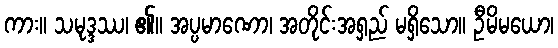
ကား။ သမုဒ္ဒဿ၊ ၏။ အပ္ပမာဏော၊ အတိုင်းအရှည် မရှိသော။ ဦမိမယော၊